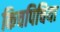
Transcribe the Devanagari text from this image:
किचपिचिया